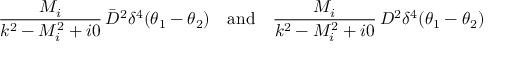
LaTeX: \frac { M _ { i } } { k ^ { 2 } - M _ { i } ^ { 2 } + i 0 } \, \bar { D } ^ { 2 } \delta ^ { 4 } ( \theta _ { 1 } - \theta _ { 2 } ) \quad \mathrm { a n d } \quad \frac { M _ { i } } { k ^ { 2 } - M _ { i } ^ { 2 } + i 0 } \, D ^ { 2 } \delta ^ { 4 } ( \theta _ { 1 } - \theta _ { 2 } )